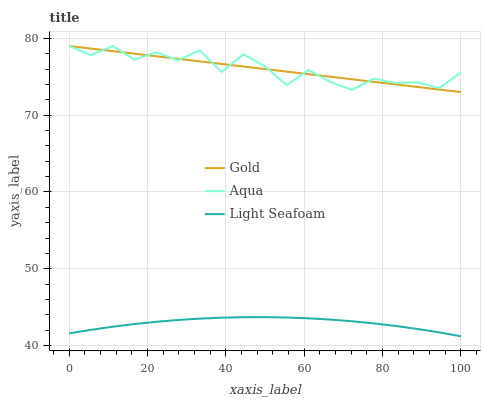
| xaxis_label | Gold | Aqua | Light Seafoam |
 | --- | --- | --- | --- |
 | 0 | 79 | 79 | 41.6 |
 | 5.56 | 78.7 | 77.8 | 42.1 |
 | 11.1 | 78.3 | 79 | 42.5 |
 | 16.7 | 78 | 77.2 | 42.8 |
 | 22.2 | 77.7 | 78.2 | 43.1 |
 | 27.8 | 77.3 | 77.1 | 43.3 |
 | 33.3 | 77 | 78.4 | 43.5 |
 | 38.9 | 76.7 | 75.6 | 43.6 |
 | 44.4 | 76.3 | 77.9 | 43.7 |
 | 50 | 76 | 76.4 | 43.7 |
 | 55.6 | 75.7 | 73.9 | 43.7 |
 | 61.1 | 75.3 | 75.9 | 43.6 |
 | 66.7 | 75 | 74.3 | 43.4 |
 | 72.2 | 74.7 | 73.3 | 43.2 |
 | 77.8 | 74.3 | 74.8 | 42.9 |
 | 83.3 | 74 | 74.2 | 42.6 |
 | 88.9 | 73.7 | 74.3 | 42.2 |
 | 94.4 | 73.3 | 73.5 | 41.7 |
 | 100 | 73 | 75.6 | 41.2 |